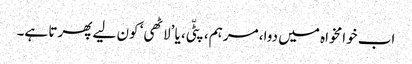
اب خوامخواہ میں دوا، مرہم، پٹّی، یا ’لاٹھی‘ کون لیے پھرتا ہے۔